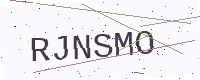
Text: RJNSMO